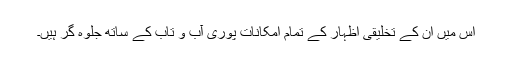
اس میں ان کے تخلیقی اظہار کے تمام امکانات پوری آب و تاب کے ساتھ جلوہ گر ہیں۔